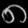
Digit: ၈